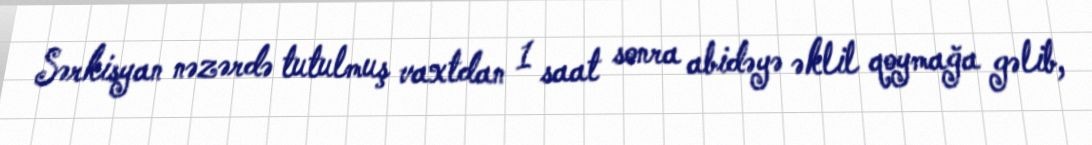
Sərkisyan nəzərdə tutulmuş vaxtdan 1 saat sonra abidəyə əklil qoymağa gəlib,